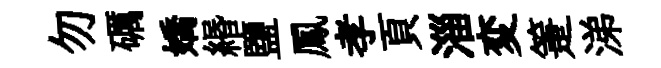
勿礪嬌緡鹽鳳孝頁淄変箑涕